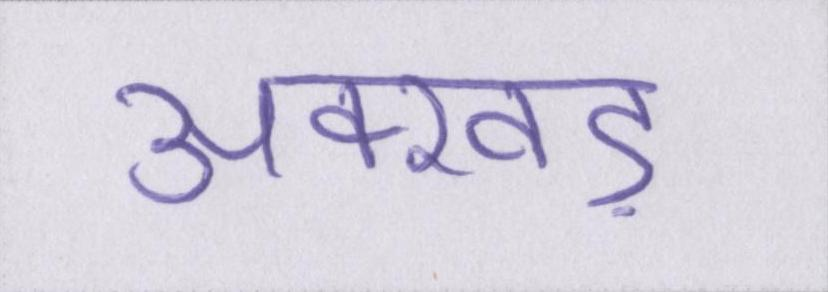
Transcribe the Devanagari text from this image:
अक्खड़